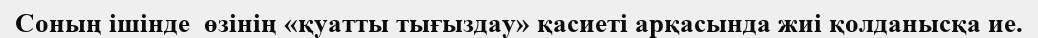
Соның ішінде  өзінің «қуатты тығыздау» қасиеті арқасында жиі қолданысқа ие.